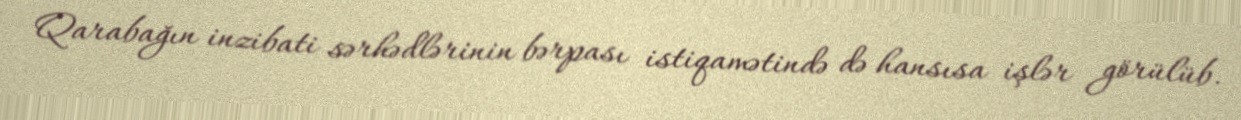
Qarabağın inzibati sərhədlərinin bərpası istiqamətində də hansısa işlər görülüb.